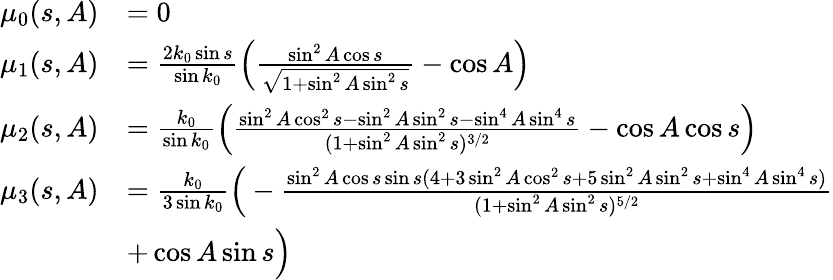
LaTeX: \begin{array}{rl}{\mu_{0}(s,A)}&{=0}\\ {\mu_{1}(s,A)}&{=\frac{2k_{0}\sin s}{\sin k_{0}}\Big(\frac{\sin^{2}A\cos s}{\sqrt{1+\sin^{2}A\sin^{2}s}}-\cos A\Big)}\\ {\mu_{2}(s,A)}&{=\frac{k_{0}}{\sin k_{0}}\Big(\frac{\sin^{2}A\cos^{2}s-\sin^{2}A\sin^{2}s-\sin^{4}A\sin^{4}s}{(1+\sin^{2}A\sin^{2}s)^{3/2}}-\cos A\cos s\Big)}\\ {\mu_{3}(s,A)}&{=\frac{k_{0}}{3\sin k_{0}}\Big(-\frac{\sin^{2}A\cos s\sin s(4+3\sin^{2}A\cos^{2}s+5\sin^{2}A\sin^{2}s+\sin^{4}A\sin^{4}s)}{(1+\sin^{2}A\sin^{2}s)^{5/2}}}\\ &{+\cos A\sin s\Big)}\end{array}